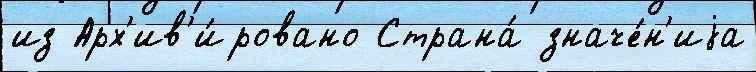
из Арх'ив'и́ровано Страна́ значе́н'иjа